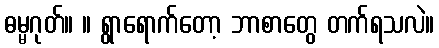
ဓမ္မဂုတ်။ ။ ရွာရောက်တော့ ဘာစာတွေ တက်ရသလဲ။